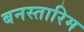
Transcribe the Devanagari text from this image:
बनस्तारिम